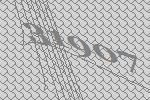
31907